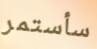
سأستمر